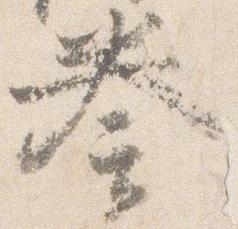
奏